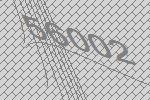
56002